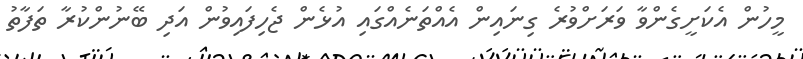
މީހުން އެކަށީގެންވާ ވަރަށްވުރެ ގިނައިން އެއްތަނެއްގައި އުޅެން ޖެހިފައިވުން އަދި ބޭނުންކުރާ ތަފާތު